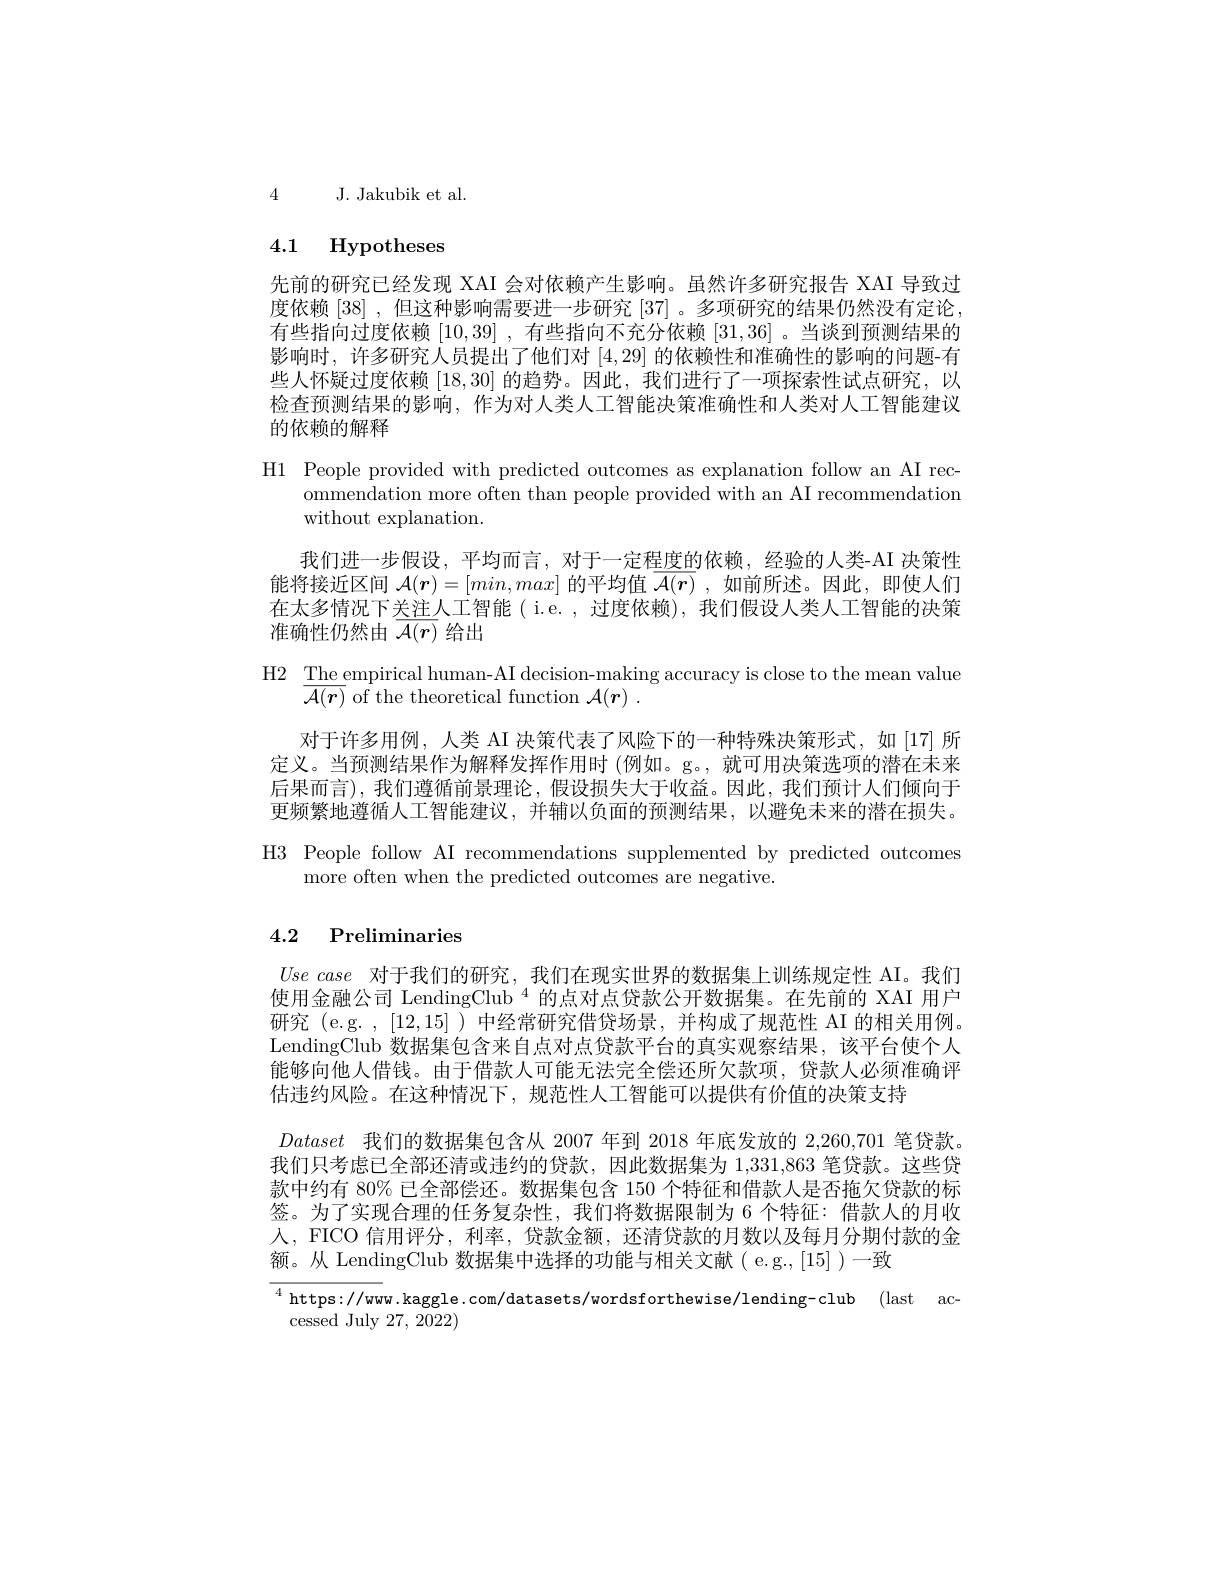
4 J. Jakubik et al.

# 4.1 Hypotheses

先前的研究已经发现 XAI 会对依赖产生影响。虽然许多研究报告 XAI 导致过度依赖[38],但这种影响需要进一步研究[37] 。多项研究的结果仍然没有定论， 有些指向过度依赖[10,39] ,有些指向不充分依赖[31,36] 。当谈到预测结果的影响时，许多研究人员提出了他们对[4,29]的依赖性和准确性的影响的问题-有些人怀疑过度依赖[18,30]的趋势。因此，我们进行了一项探索性试点研究，以检查预测结果的影响，作为对人类人工智能决策准确性和人类对人工智能建议的依赖的解释

H1 People provided with predicted outcomes as explanation follow an AI rec-
ommendation more often than people provided with an AI recommendation
without explanation.

我们进一步假设，平均而言，对于一定程度的依赖，经验的人类-AI 决策性能将接近区间$\mathcal{A}(\boldsymbol{r})=[min,max]$的平均值$\overline\mathcal{A}(\boldsymbol{r})$ ,如前所述。因此，即使人们在太多情况下关注人工智能( i.e. , 过度依赖), 我们假设人类人工智能的决策准确性仍然由$\overline{\mathcal{A}(r)}$给出
$\begin{array}{l}{\mathrm{H2}}&{{\frac{\mathrm{The~empirical~human-AI~decision-making~accuracy~is~close~to~the~mean~value}}}\\{{\frac{\mathrm{The~empirical~human-AI~decision-making~accuracy~is~close~to~the~mean~value}}}\\{{\mathcal{A}(\boldsymbol{r})~of~the~theoretical~function~}\mathcal{A}(\boldsymbol{r})\:.}\end{array}}}$
对于许多用例，人类 AI 决策代表了风险下的一种特殊决策形式，如[17]所定义。当预测结果作为解释发挥作用时(例如。g。,就可用决策选项的潜在末来后果而言),我们遵循前景理论，假设损失大于收益。因此，我们预计人们倾向于更频繁地遵循人工智能建议，并辅以负面的预测结果，以避免未来的潜在损失。H3 People follow AI recommendations supplemented by predicted outcomes
more often when the predicted outcomes are negative.

## 4.2 Preliminaries

$Use\textit{ case 对 于 我 们 的 研 究 , 我 们 在 现 实 世 界 的 数 据 集 上 训 练 规 定 性 AI。我 们 }$ 使用金融公司 LendingClub $^{4}$的点对点贷款公开数据集。在先前的 XAI 用户研究 (e.g. , [12,15] ) 中经常研究借贷场景，并构成了规范性 AI 的相关用例。LendingClub 数据集包含来自点对点贷款平台的真实观察结果，该平台使个人能够向他人借钱。由于借款人可能无法完全偿还所欠款项，贷款人必须准确评估违约风险。在这种情况下，规范性人工智能可以提供有价值的决策支持
Dataset 我们的数据集包含从 2007 年到 2018 年底发放的 2,260,701 笔贷款。我们只考虑已全部还清或违约的贷款，因此数据集为 1,331,863 笔贷款。这些贷款中约有 80% 已全部偿还。数据集包含 150 个特征和借款人是否拖欠贷款的标签。为了实现合理的任务复杂性，我们将数据限制为 6 个特征：借款人的月收人，FICO 信用评分，利率，贷款金额，还清贷款的月数以及每月分期付款的金额。从 LendingClub 数据集中选择的功能与相关文献( e.g.,[15] )一致

$^{4}$ https://www.kaggle.com/datasets/wordsforthewise/lending-club (last ac-
cessed July 27,  2022